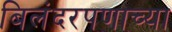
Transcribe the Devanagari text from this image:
बिलंदरपणाच्या